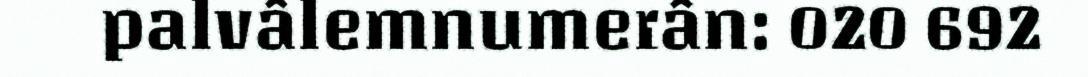
palvâlemnumerân: 020 692